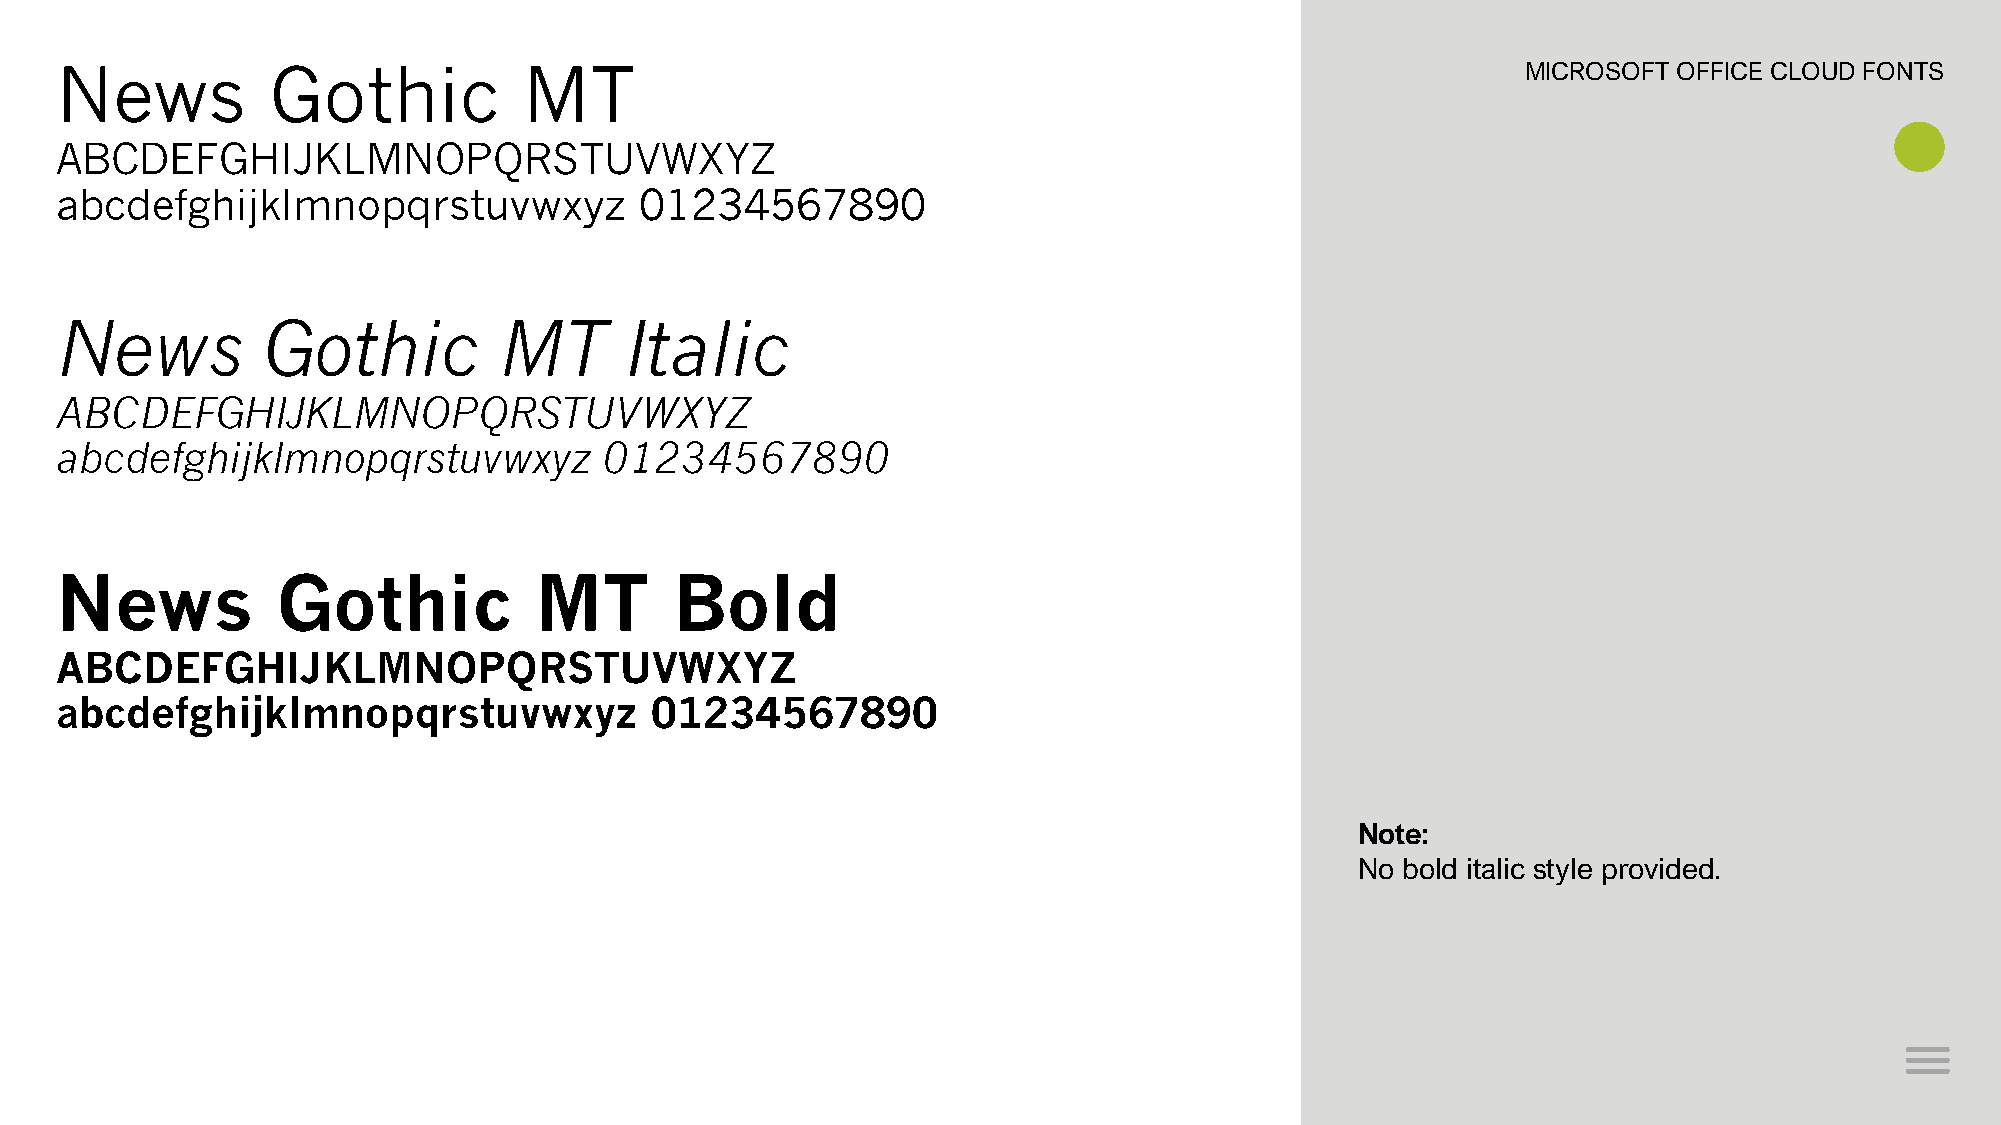
News          Gothic           MT                                                                MICROSOFT OFFICE CLOUD FONTS
 ABCDEFGHIJKLMNOPQRSTUVWXYZ
 abcdefghijklmnopqrstuvwxyz            01234567890
 News         Gothic          MT      Italic
 ABCDEFGHIJKLMNOPQRSTUVWXYZ
 abcdefghijklmnopqrstuvwxyz          01234567890
 News          Gothic           MT        Bold
 ABCDEFGHIJKLMNOPQRSTUVWXYZ
 abcdefghijklmnopqrstuvwxyz             01234567890
 Note:
 No bold italic style provided.